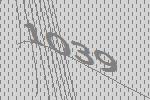
1039